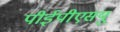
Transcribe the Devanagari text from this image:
पीईपीएसयू